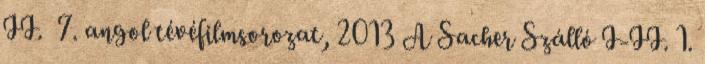
II. 7. angol tévéfilmsorozat, 2013 A Sacher Szálló I-II. 1.